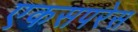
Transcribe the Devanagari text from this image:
एकसपरेस